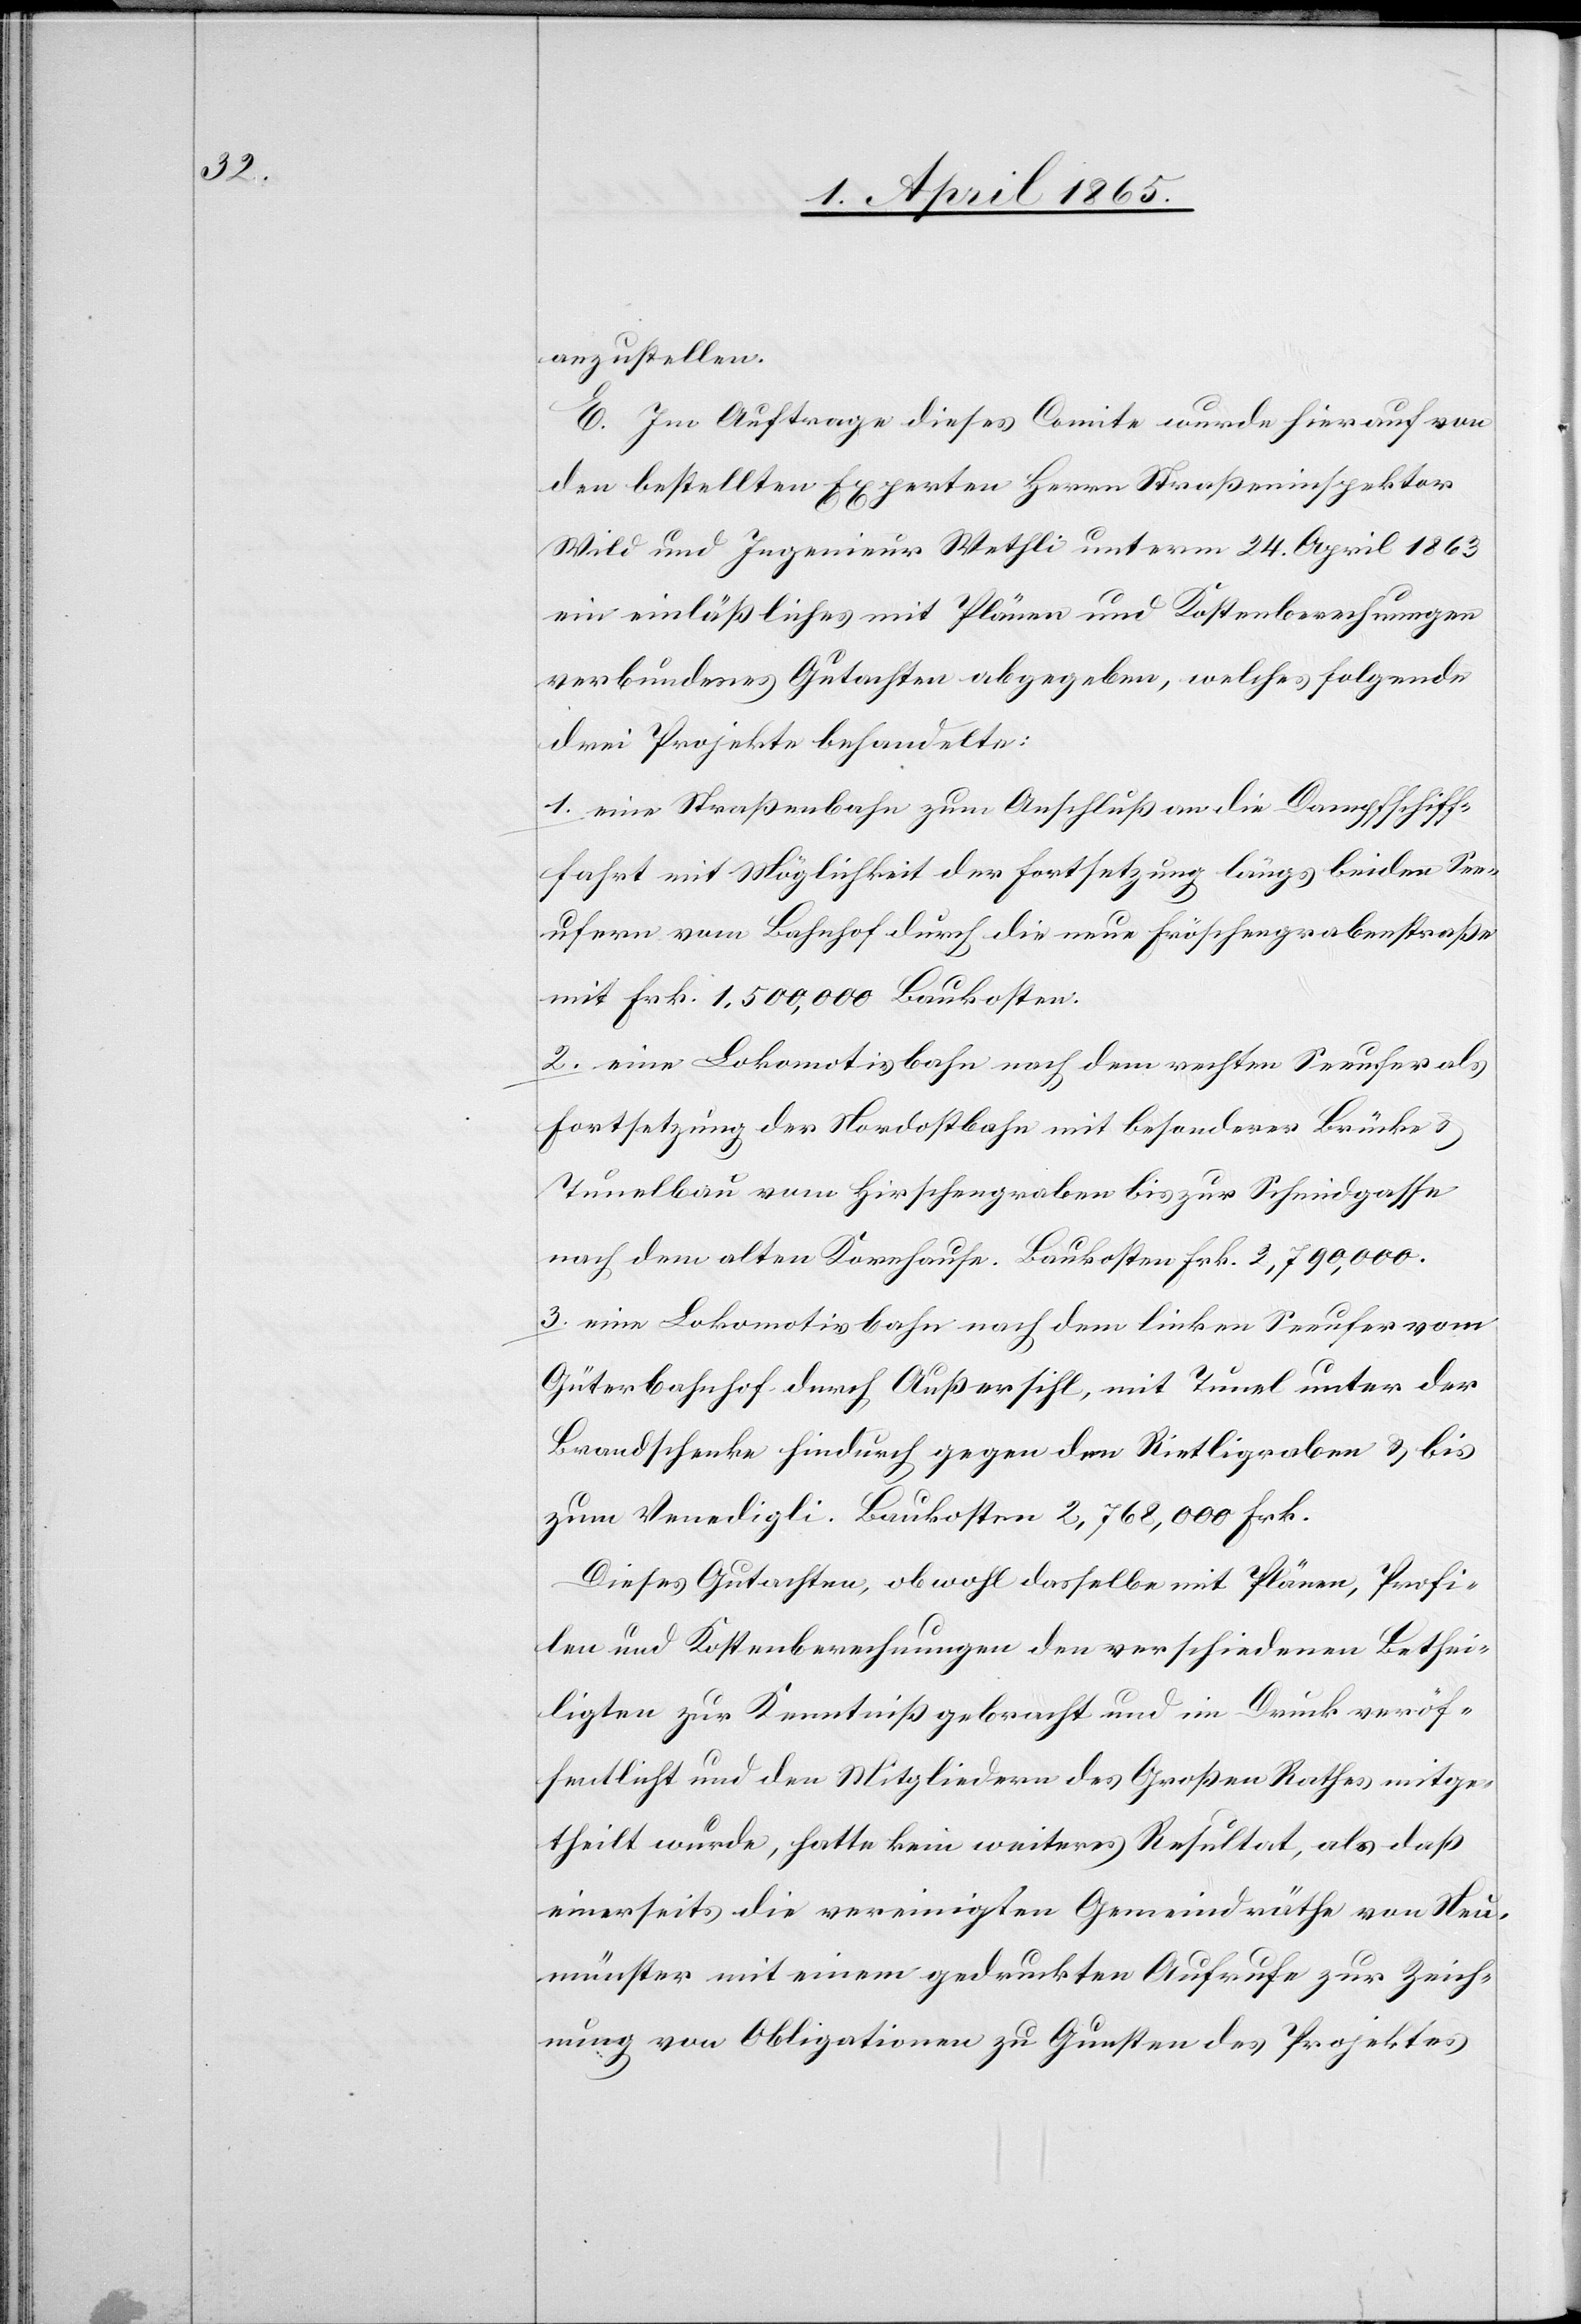
anzustellen.
E. Im Auftrage dieses Comite wurde hierauf von
den bestellten Experten Herrn Straßeninspektor
Wild und Ingenieur Wethli unterm 24. April 1863
ein einläßliches mit Plänen und Kostenberechnungen
verbundenes Gutachten abgegeben, welches folgende
drei Projekte behandelte:
1. eine Straßenbahn zum Anschluß an die Dampfschiff¬
fahrt mit Möglichkeit der Fortsetzung längs beiden See¬
ufern vom Bahnhof durch die neue Fröschengrabenstraße
mit Frk. 1,500,000 Baukosten:
2. eine Lokomotivbahn nach dem rechten Seeufer als
Fortsetzung der Nordostbahn mit besonderer Brücke &
Tunelbau vom Hirschengraben bis zur Schmidgasse
nach dem alten Kornhause. Baukosten Frk. 2,790,000.
3. eine Lokomotivbahn nach dem linken Seeufer vom
Güterbahnhof durch Außersihl, mit Tunel unter der
Brandschenke hindurch gegen den Rietligraben & bis
zum Venedigli. Baukosten 2,768,000 Frk.
Dieses Gutachten, obwohl dasselbe mit Plänen, Profi¬
len und Kostenberechnungen den verschiedenen Bethei¬
ligten zur Kenntniß gebracht und im Druck veröf¬
fentlicht und den Mitgliedern des Großen Rathes mitge¬
theilt wurde, hatte kein weiteres Resultat, als daß
einerseits die vereinigten Gemeindräthe von Neu¬
münster mit einem gedruckten Aufrufe zur Zeich¬
nung von Obligationen zu Gunsten des Projektes